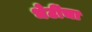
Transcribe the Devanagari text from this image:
भेटींचा